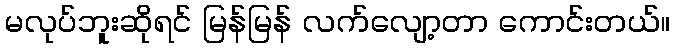
မလုပ်ဘူးဆိုရင် မြန်မြန် လက်လျော့တာ ကောင်းတယ်။